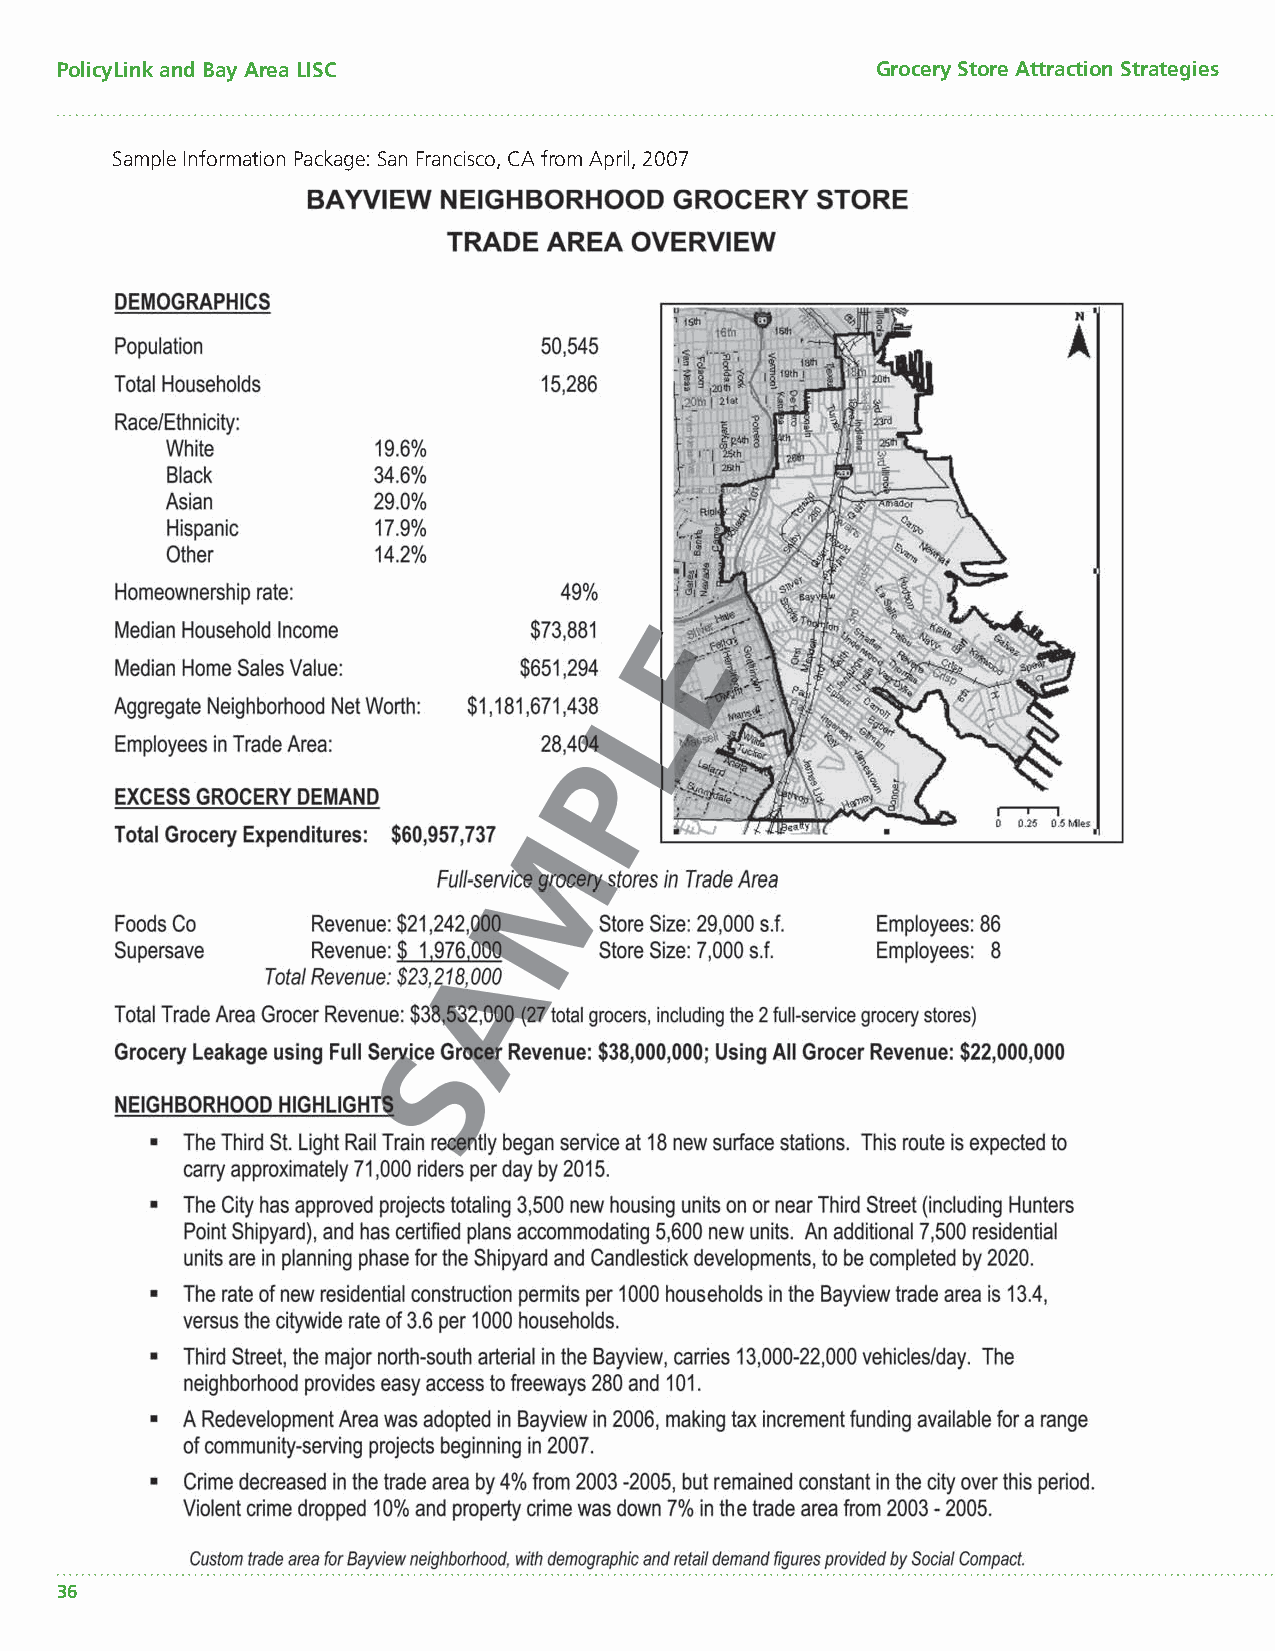
PolicyLink and Bay Area LISC                          Grocery Store Attraction Strategies
 Sample Information Package: San Francisco, CA from April, 2007
 36